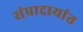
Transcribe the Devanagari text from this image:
संप्रादायांत